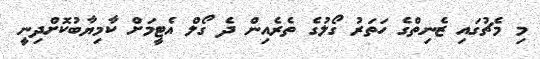
މި މެޗުގައި ޒެނިތްގެ ހަތަރު ގޯލުގެ ތެރެއިން ދެ ގޯލް އެޓީމަށް ކާމިޔާބުކޮށްދިނީ